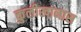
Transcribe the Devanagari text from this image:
कुलीखानास